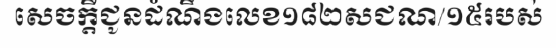
សេចក្តីជូនដំណឹងលេខ១៨២សជណ/១៥របស់